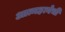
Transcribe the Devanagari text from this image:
आत्महत्येची